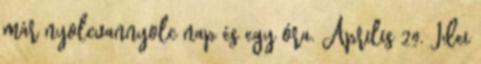
már nyolcvannyolc nap és egy óra. Április 29. Idei